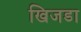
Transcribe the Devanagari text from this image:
खिजडा